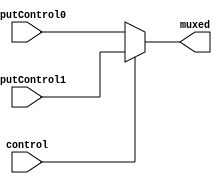
module Mux (
    input   wire    [7:0]   inputControl0,
    input   wire    [7:0]   inputControl1,
    input   wire            control,

    output  reg     [7:0]   muxed
);
    always @(*) begin
        if (control) begin
            muxed <= inputControl1;
        end
        else begin
            muxed <= inputControl0;
        end
    end

endmodule